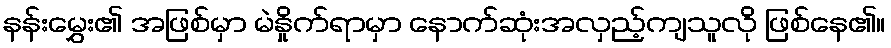
နန်းမွှေး၏ အဖြစ်မှာ မဲနှိုက်ရာမှာ နောက်ဆုံးအလှည့်ကျသူလို ဖြစ်နေ၏။